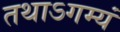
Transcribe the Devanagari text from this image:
तथाऽगम्यं